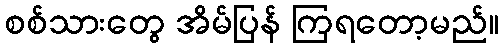
စစ်သားတွေ အိမ်ပြန် ကြရတော့မည်။